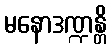
မနောဒဏ္ဍန္တိ